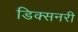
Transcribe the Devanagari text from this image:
डिक्सनरी